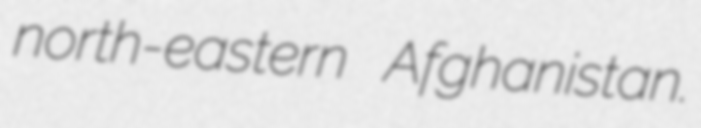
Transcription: north-eastern Afghanistan.